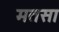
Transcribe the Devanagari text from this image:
मतसा